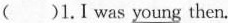
( )1.I was \underline{young} then.